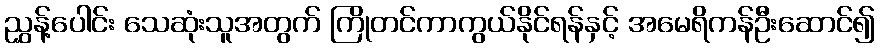
ညွှန့်ပေါင်း သေဆုံးသူအတွက် ကြိုတင်ကာကွယ်နိုင်ရန်နှင့် အမေရိကန်ဦးဆောင်၍